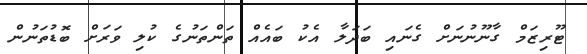
ޓޫރިޒަމް ގާނޫނުނަށް ގެނައި ބަދަލާ އެކު ބައެއް ތަންތަނުގެ ކުލި ވަރަށް ބޮޑުތަނުން